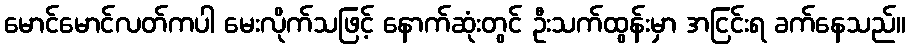
မောင်မောင်လတ်ကပါ မေးလိုက်သဖြင့် နောက်ဆုံးတွင် ဦးသက်ထွန်းမှာ အငြင်းရ ခက်နေသည်။